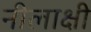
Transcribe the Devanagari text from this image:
नीलाक्षी